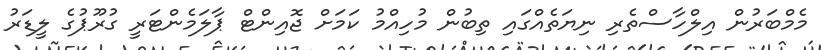
މެމްބަރުން އިލްހާސްތެރި ނިޔަތެއްގައި ތިބުން މުހިއްމު ކަމަށް ޖޮއިންޓް ޕާލަމެންޓަރީ ގުރޫޕުގެ ލީޑަރު